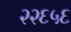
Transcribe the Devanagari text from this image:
२२६५६